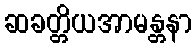
ဆခတ္တိယအာမန္တနာ